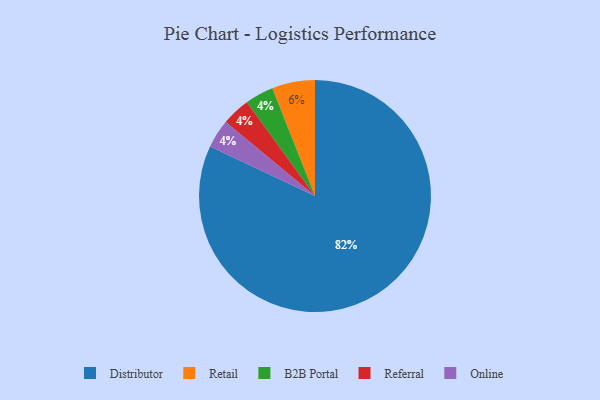
{"axis": {"x": "Category", "y": "Percentage"}, "legend": ["B2B Portal", "Distributor", "Online", "Referral", "Retail"], "data": [{"x": "Retail", "y": 6, "type": "Retail"}, {"x": "B2B Portal", "y": 4, "type": "B2B Portal"}, {"x": "Referral", "y": 4, "type": "Referral"}, {"x": "Distributor", "y": 82, "type": "Distributor"}, {"x": "Online", "y": 4, "type": "Online"}]}